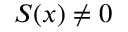
S ( x ) \neq 0